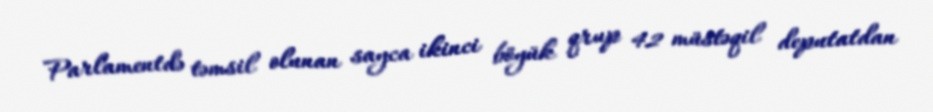
Parlamentdə təmsil olunan sayca ikinci böyük qrup 42 müstəqil deputatdan